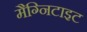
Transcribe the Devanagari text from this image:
मैग्निटाइट